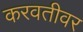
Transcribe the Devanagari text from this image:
करवतीवर